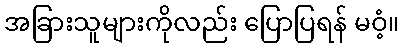
အခြားသူများကိုလည်း ပြောပြရန် မဝံ့။